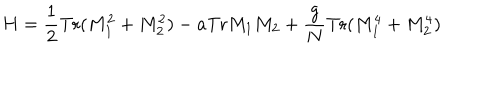
H = { \frac { 1 } { 2 } } \mathrm { T r } ( M _ { 1 } ^ { 2 } + M _ { 2 } ^ { 2 } ) - a \mathrm { T r } M _ { 1 } M _ { 2 } + { \frac { g } { N } } \mathrm { T r } ( M _ { 1 } ^ { 4 } + M _ { 2 } ^ { 4 } )